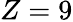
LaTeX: Z=9